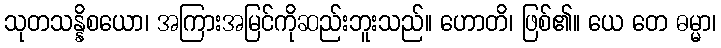
သုတသန္နိစယော၊ အကြားအမြင်ကိုဆည်းဘူးသည်။ ဟောတိ၊ ဖြစ်၏။ ယေ တေ ဓမ္မာ၊